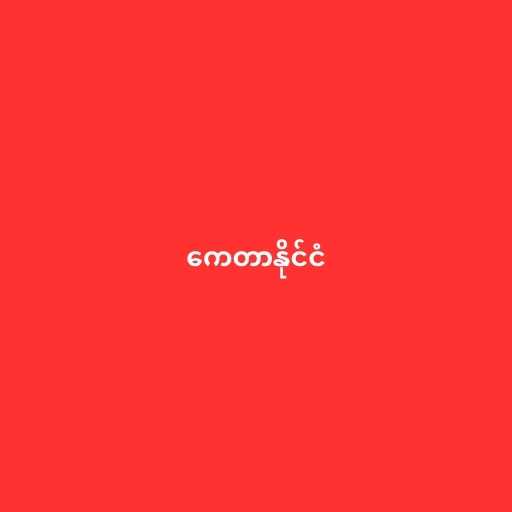
ကေတာနိုင်ငံ